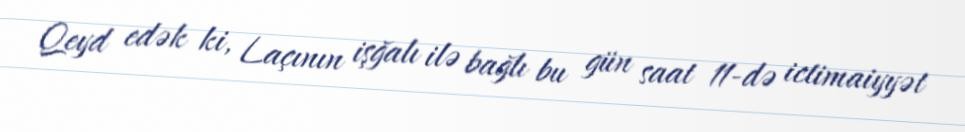
Qeyd edək ki, Laçının işğalı ilə bağlı bu gün saat 11-də ictimaiyyət